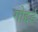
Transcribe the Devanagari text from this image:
गोद्दर्ड